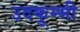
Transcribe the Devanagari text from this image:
उदकुम्भी